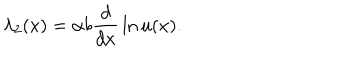
LaTeX: \lambda _ { 2 } ( x ) = \alpha b { \frac { d } { d x } } \ln u ( x ) .